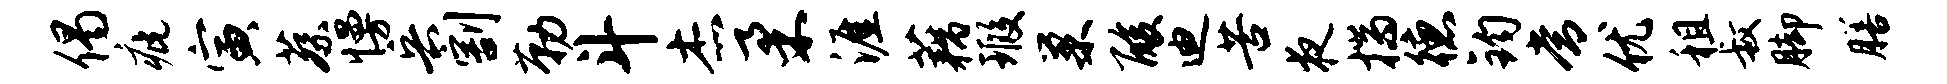
偈疵寅蔡慢兵割勒斗杰柔涯藕瑕巢酸迪苦夜揣德钧常优租叔脚膳